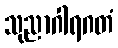
သုညာဂါရဂတံ